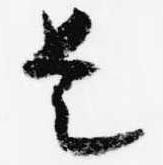
是